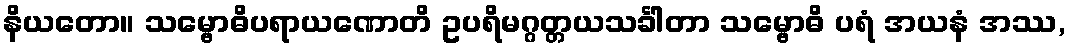
နိယတော။ သမ္ဗောဓိပရာယဏောတိ ဥပရိမဂ္ဂတ္တယသင်္ခါတာ သမ္ဗောဓိ ပရံ အယနံ အဿ,